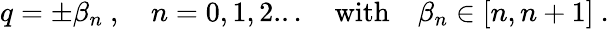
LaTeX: q=\pm\beta_{n}\ ,\quad n=0,1,2...\quad\mathrm{with}\quad\beta_{n}\in[n,n+1]\ .